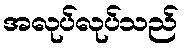
အလုပ်လုပ်သည်